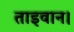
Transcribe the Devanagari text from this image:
ताइवान।